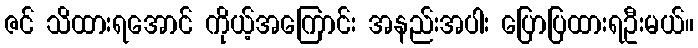
ဇင် သိထားရအောင် ကိုယ့်အကြောင်း အနည်းအပါး ပြောပြထားရဦးမယ်။